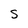
Character: S